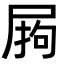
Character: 𭕣